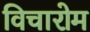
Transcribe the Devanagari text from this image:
विचारोम